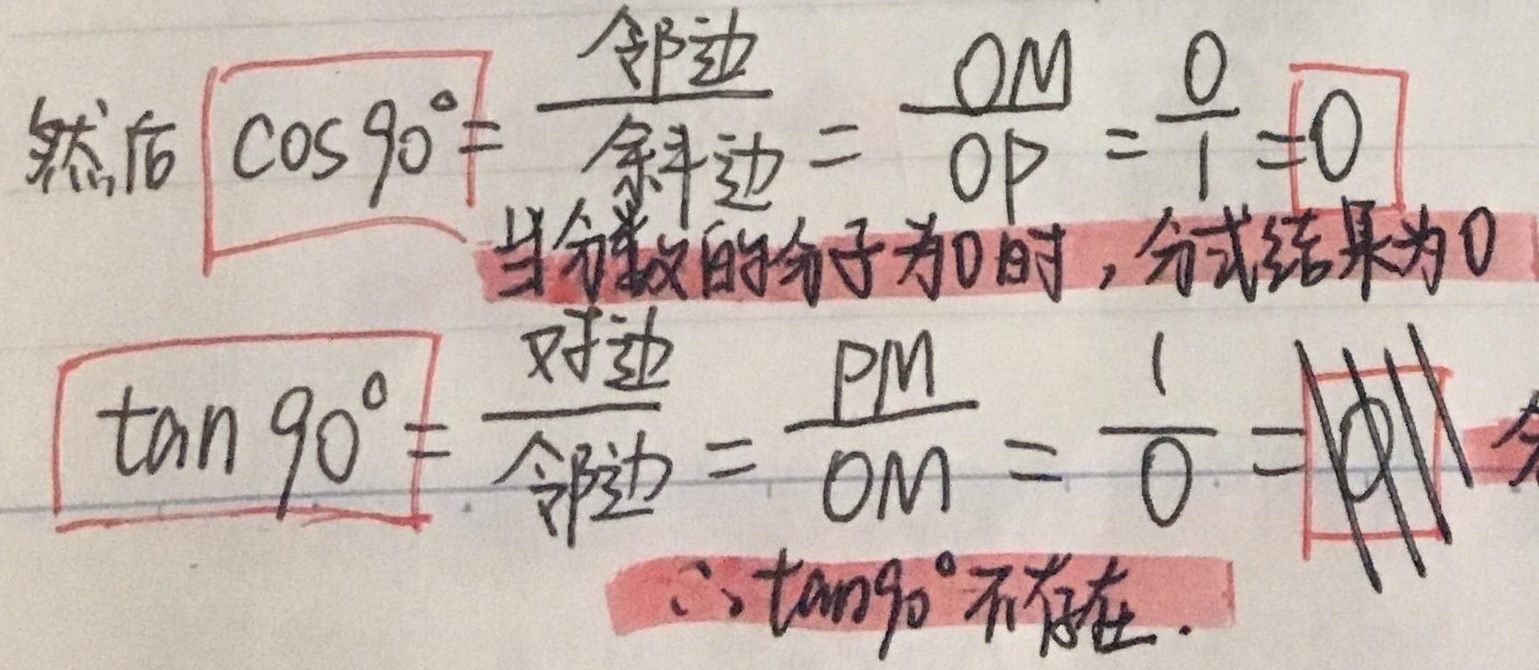
然后，
\[
\cos 90^{\circ}=\frac{\text{邻边}}{\text{斜边}}=\frac{OM}{OP}=\frac{0}{1}=0
\]
当分数的分子为\(0\)时，分式结果为\(0\)。
\[
\tan 90^{\circ}=\frac{\text{对边}}{\text{邻边}}=\frac{PM}{OM}=\frac{1}{0} \text{（无意义）}
\]
\(\therefore \tan90^{\circ}\)不存在。